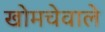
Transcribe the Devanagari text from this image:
खोमचेवाले